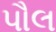
પૌલ